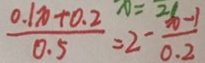
\frac { 0 . 1 x + 0 . 2 } { 0 . 5 } = 2 - \frac { 3 6 - 1 } { 0 . 2 }